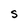
Character: S